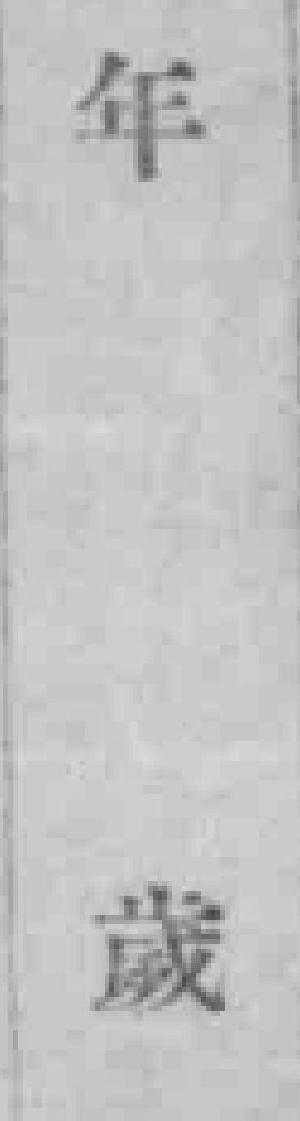
年歲